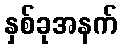
နှစ်ခုအနက်